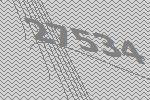
27534